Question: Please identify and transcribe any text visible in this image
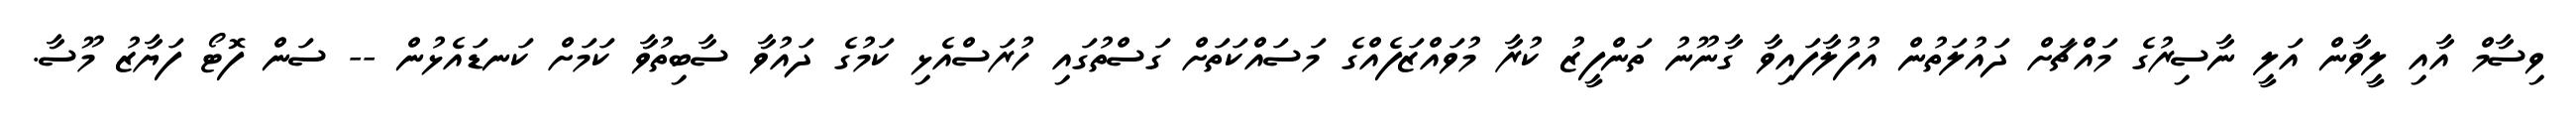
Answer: ވިސާމް އާއި ލީވާން އަލީ ނާސިރުގެ މައްޗަށް ދައުލަތުން އުފުލާފައިވާ ގާނޫނު ތަންފީޒު ކުރާ މުވައްޒަފެއްގެ މަސައްކަތަށް ގަސްތުގައި ހުރަސްއެޅި ކަމުގެ ދައުވާ ސާބިތުވާ ކަމަށް ކަނޑައެޅުން -- ސަން ފޮޓޯ ފަޔާޒު މޫސާ.